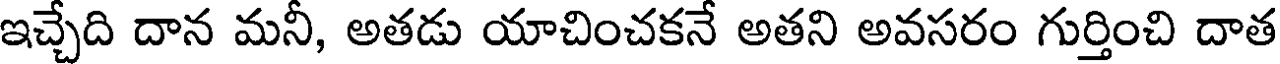
ఇచ్చేది దాన మనీ, అతడు యాచించకనే అతని అవసరం గుర్తించి దాత